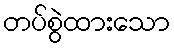
တပ်စွဲထားသော